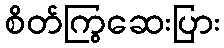
စိတ်ကြွဆေးပြား